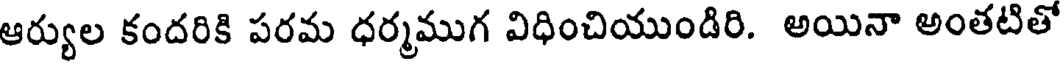
ఆర్యుల కందరికి పరమ ధర్మముగ విధించియుండిరి. అయినా అంతటితో